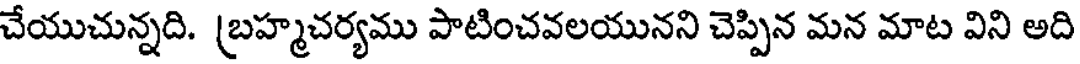
చేయుచున్నది. (బహ్మచర్యము పాటించవలయునని చెప్పిన మన మాట విని అది